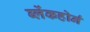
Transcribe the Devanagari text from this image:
ब्लेंकहोर्न